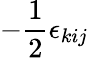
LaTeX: -\frac 12\epsilon_{kij}